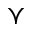
\curlyvee